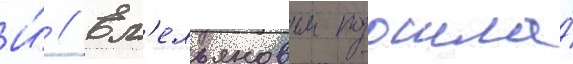
И́ // Ем'ельяновым подошла́